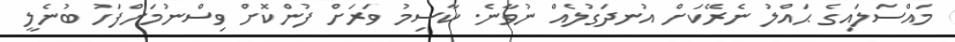
މައްސަލައިގެ ޙައްލު ނެރޭކަށް އުނދަގުލެއް ނުވާނެ. ކާސިމު ވަރަށް ފުންކޮށް ވިސްނުމަށްފަހު ބުނެލީ